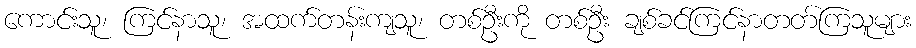
ကောင်းသူ၊ ကြင်နာသူ၊ အထက်တန်းကျသူ၊ တစ်ဦးကို တစ်ဦး ချစ်ခင်ကြင်နာတတ်ကြသူများ